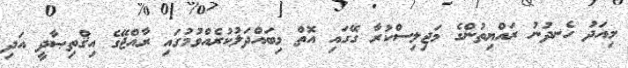
މިއަދު ހެނދުނު ރައްޔިތުންގެ މަޖިލިސްކުރާ ގޭގައި އޮތް މިބައްދަލުކުރެއްވުމުގައި ރާއްޖޭގެ އިޤްތިޞާދީ އަދި